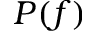
P ( f )